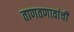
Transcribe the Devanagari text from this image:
ताणतणावांची